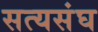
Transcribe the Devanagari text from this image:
सत्यसंघ